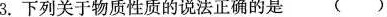
3.下列关于物质性质的说法正确的是 ( )